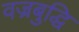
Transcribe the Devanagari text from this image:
वज्रबुद्धि